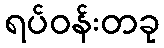
ရပ်ဝန်းတခု